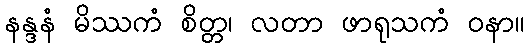
နန္ဒနံ မိဿကံ စိတ္တ၊ လတာ ဖာရုသကံ ဝနာ။